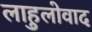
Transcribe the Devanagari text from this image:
लाहुलोवाद